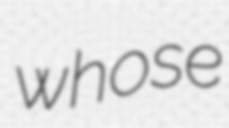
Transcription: whose